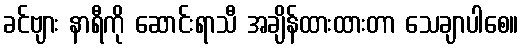
ခင်ဗျား နာရီကို ဆောင်းရာသီ အချိန်ထားထားတာ သေချာပါစေ။